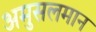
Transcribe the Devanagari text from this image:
अमुसलमान